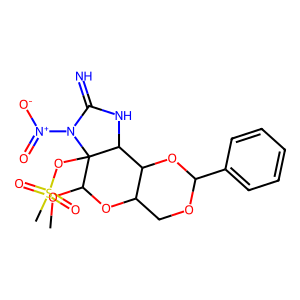
SMILES: COC1OC2COC(c3ccccc3)OC2C2NC(=N)N([N+](=O)[O-])C12OS(C)(=O)=O
Inhibits HIV replication: No